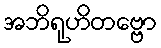
အဘိရုဟိတဗ္ဗော